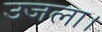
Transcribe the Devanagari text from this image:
उजला।